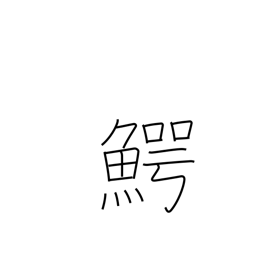
Meaning: alligator